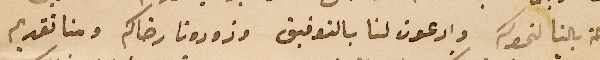
راحة بالنا لنحوكم وادعون لنا بالتوفيق وزودونا رضاكم ومنا تقديم